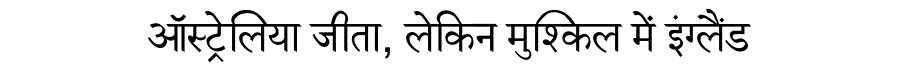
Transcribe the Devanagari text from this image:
ऑस्ट्रेलिया जीता, लेकिन मुश्किल में इंग्लैंड